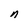
Character: n